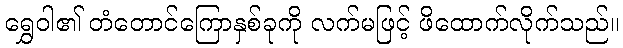
ရွှေဝါ၏ တံတောင်ကြောနှစ်ခုကို လက်မဖြင့် ဖိထောက်လိုက်သည်။